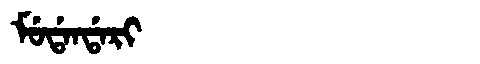
Manchu: ᠮᡠᡩᠠᠨᡩᠠᡵᡳ
Romanization: MUDANDARI